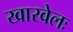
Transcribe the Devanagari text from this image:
खारवेलः